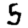
Digit: 5